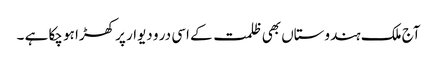
آج ملک ہندوستاں بھی ظلمت کے اسی در و دیوار پر کھڑا ہو چکا ہے ۔